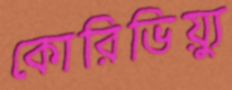
কোরিভিয়্যু